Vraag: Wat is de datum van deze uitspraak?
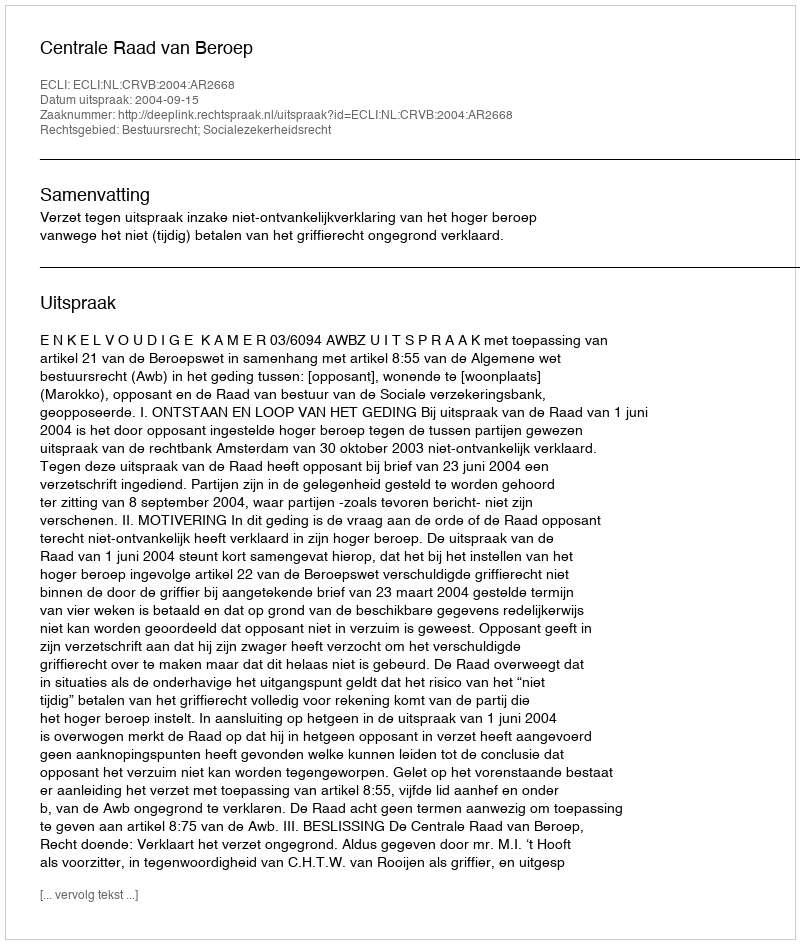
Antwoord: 2004-09-15